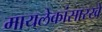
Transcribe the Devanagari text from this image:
मायलेकांसारखे